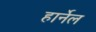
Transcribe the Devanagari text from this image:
हार्नेल